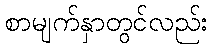
စာမျက်နှာတွင်လည်း